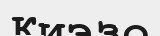
Киэзо